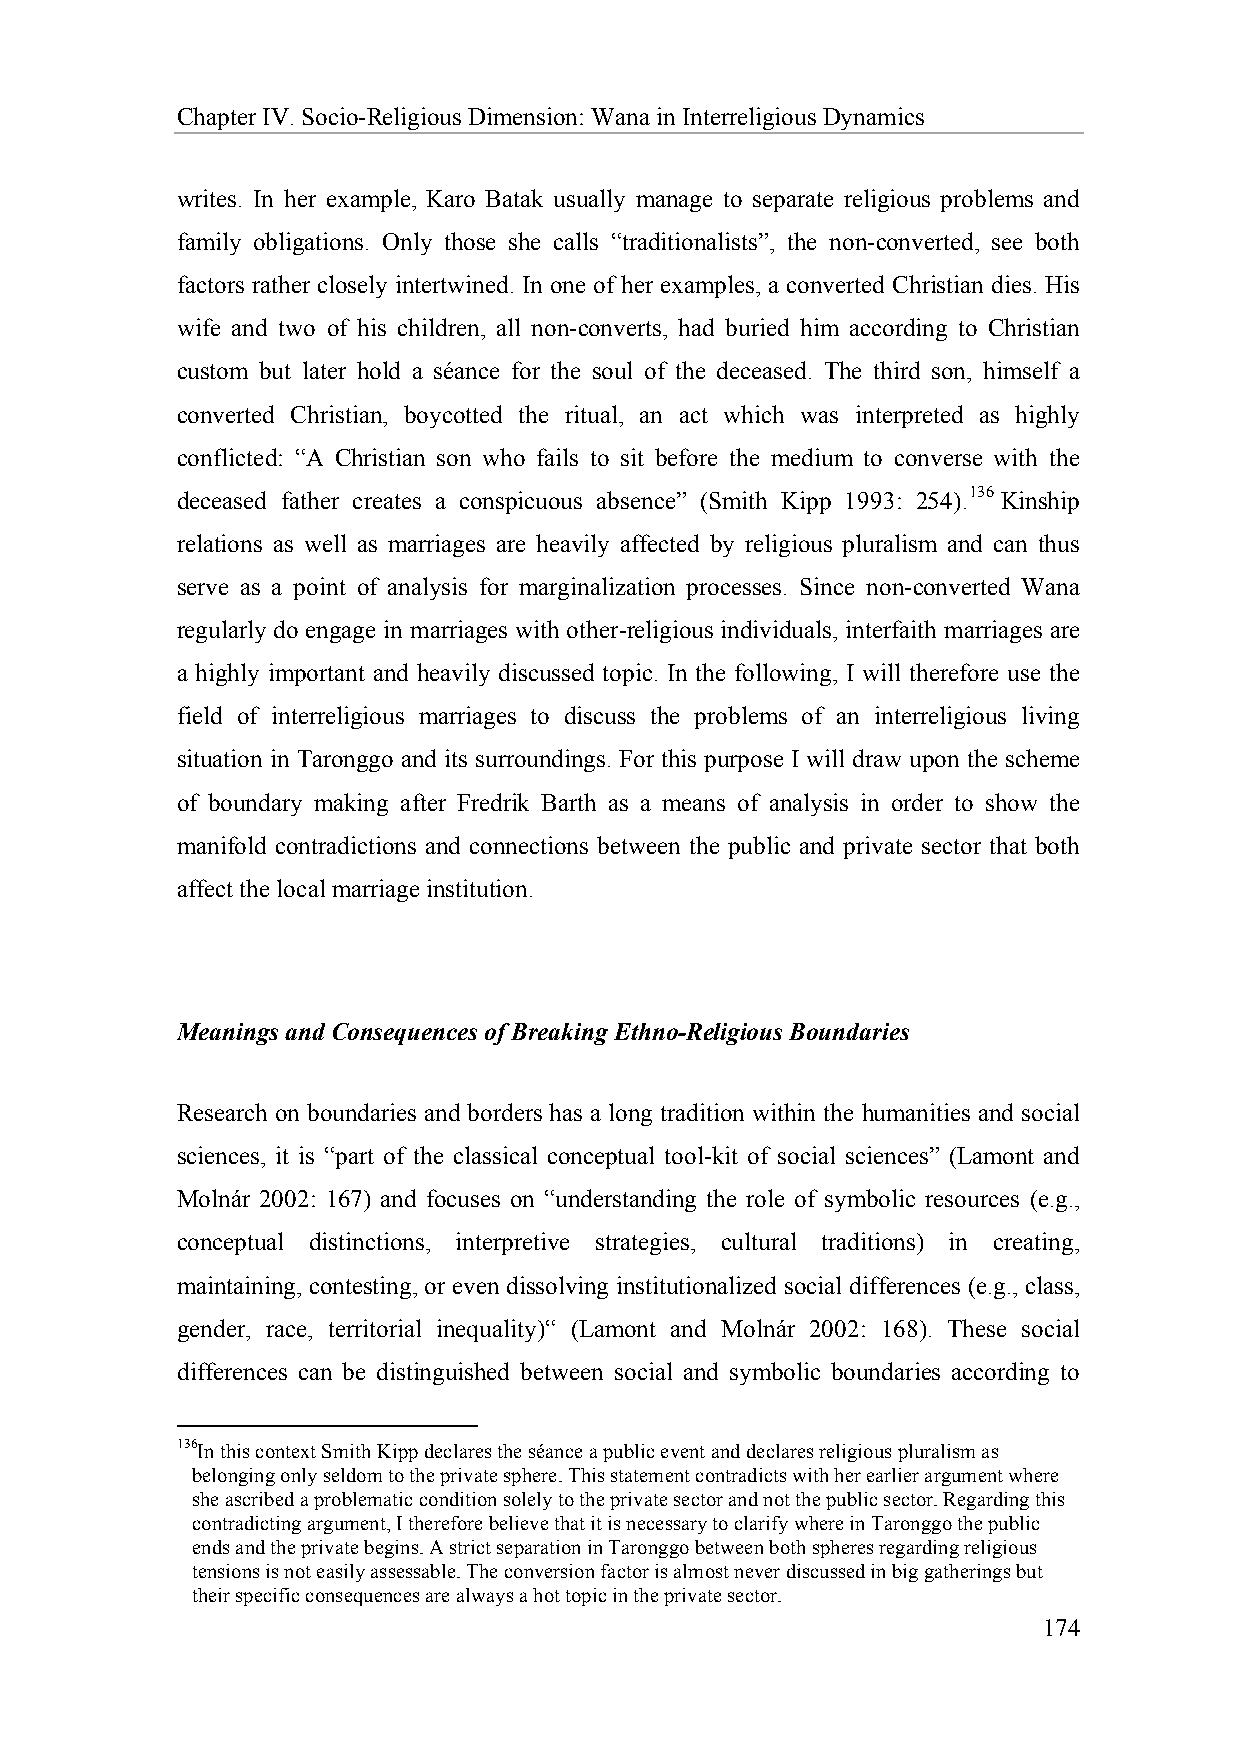
Chapter IV. Socio-Religious Dimension: Wana in Interreligious Dynamics
 writes. In her example, Karo Batak usually manage to separate religious problems and
 family obligations. Only those she calls “traditionalists”, the non-converted, see both
 factors rather closely intertwined. In one of her examples, a converted Christian dies. His
 wife and two of his children, all non-converts, had buried him according to Christian
 custom but later hold a séance for the soul of the deceased. The third son, himself a
 converted Christian, boycotted the ritual, an act which was interpreted as highly
 conflicted: “A Christian son who fails to sit before the medium to converse with the
 deceased father creates a conspicuous absence” (Smith Kipp 1993: 254).136 Kinship
 relations as well as marriages are heavily affected by religious pluralism and can thus
 serve as a point of analysis for marginalization processes. Since non-converted Wana
 regularly do engage in marriages with other-religious individuals, interfaith marriages are
 a highly important and heavily discussed topic. In the following, I will therefore use the
 field of interreligious marriages to discuss the problems of an interreligious living
 situation in Taronggo and its surroundings. For this purpose I will draw upon the scheme
 of boundary making after Fredrik Barth as a means of analysis in order to show the
 manifold contradictions and connections between the public and private sector that both
 affect the local marriage institution.
 Meanings and Consequences of Breaking Ethno-Religious Boundaries
 Research on boundaries and borders has a long tradition within the humanities and social
 sciences, it is “part of the classical conceptual tool-kit of social sciences” (Lamont and
 Molnár 2002: 167) and focuses on “understanding the role of symbolic resources (e.g.,
 conceptual distinctions, interpretive strategies, cultural traditions) in creating,
 maintaining, contesting, or even dissolving institutionalized social differences (e.g., class,
 gender, race, territorial inequality)“ (Lamont and Molnár 2002: 168). These social
 differences can be distinguished between social and symbolic boundaries according to
 136In this context Smith Kipp declares the séance a public event and declares religious pluralism as
 belonging only seldom to the private sphere. This statement contradicts with her earlier argument where
 she ascribed a problematic condition solely to the private sector and not the public sector. Regarding this
 contradicting argument, I therefore believe that it is necessary to clarify where in Taronggo the public
 ends and the private begins. A strict separation in Taronggo between both spheres regarding religious
 tensions is not easily assessable. The conversion factor is almost never discussed in big gatherings but
 their specific consequences are always a hot topic in the private sector.
 174